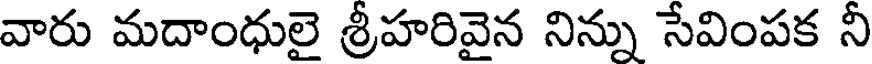
వారు మదాంధులై శ్రీహరివైన నిన్ను సేవింపక నీ